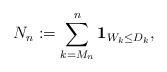
LaTeX: \begin{align*}N_n := \sum_{k=M_n}^{n} \mathbf{1}_{W_k \leq D_k},\end{align*}